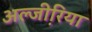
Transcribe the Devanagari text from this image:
अल्जी़रिया